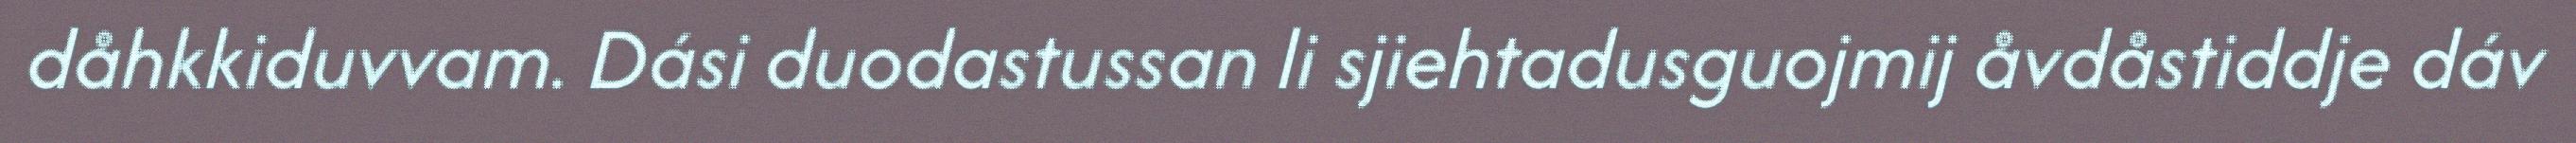
dåhkkiduvvam. Dási duodastussan li sjiehtadusguojmij åvdåstiddje dáv